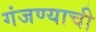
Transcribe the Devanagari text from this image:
गंजण्याची